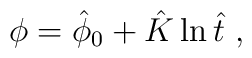
\phi = \hat{\phi}_0 + \hat{K} \ln \hat{t} \ ,